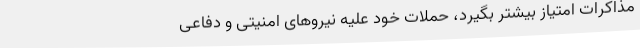
مذاکرات امتیاز بیشتر بگیرد، حملات خود علیه نیروهای امنیتی و دفاعی